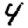
Digit: 4